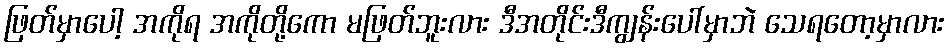
ဖြတ်မှာပေါ့ အကိုရ အကိုတို့ကော မဖြတ်ဘူးလား ဒီအတိုင်းဒီကျွန်းပေါ်မှာဘဲ သေရတော့မှာလား